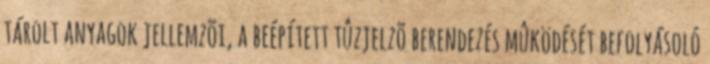
tárolt anyagok jellemzõi, a beépített tûzjelzõ berendezés mûködését befolyásoló